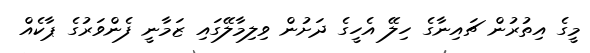
މީގެ އިތުރުން ޗައިނާގެ ހިލޭ އެހީގެ ދަށުން ވިލިމާލޭގައި ޒަމާނީ ފެންވަރުގެ ޕާކެއް